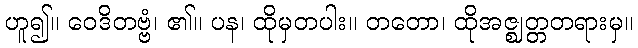
ဟူ၍။ ဝေဒိတဗ္ဗံ၊ ၏။ ပန၊ ထိုမှတပါး။ တတော၊ ထိုအဇ္ဈတ္တတရားမှ။